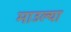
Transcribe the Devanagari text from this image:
माउल्या